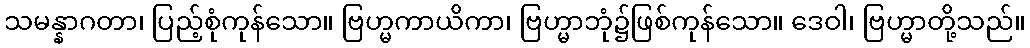
သမန္နာဂတာ၊ ပြည့်စုံကုန်သော။ ဗြဟ္မကာယိကာ၊ ဗြဟ္မာဘုံ၌ဖြစ်ကုန်သော။ ဒေဝါ၊ ဗြဟ္မာတို့သည်။